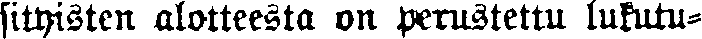
sityisten alotteesta on perustettu lukutu-